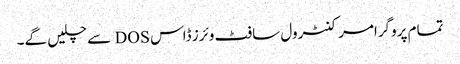
تمام پروگرامر کنٹرول سافٹ وئرز ڈاس DOS سے چلیں گے۔